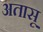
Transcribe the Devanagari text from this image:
अतासू